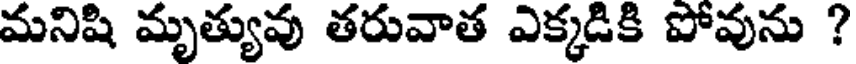
మనిషి మృత్యువు తరువాత ఎక్కడికి పోవును ?